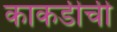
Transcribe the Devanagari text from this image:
काकडीची